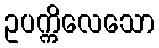
ဥပက္ကိလေသော